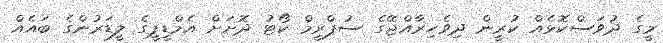
މީގެ ދުވަސްކޮޅެއް ކުރީން ދިވެހިރާއްޖޭގެ ސުޕްރީމް ކޯޓު ދޮށަށް އެމްޑީޕީގެ ލީޑަރުންގެ ބައެއް